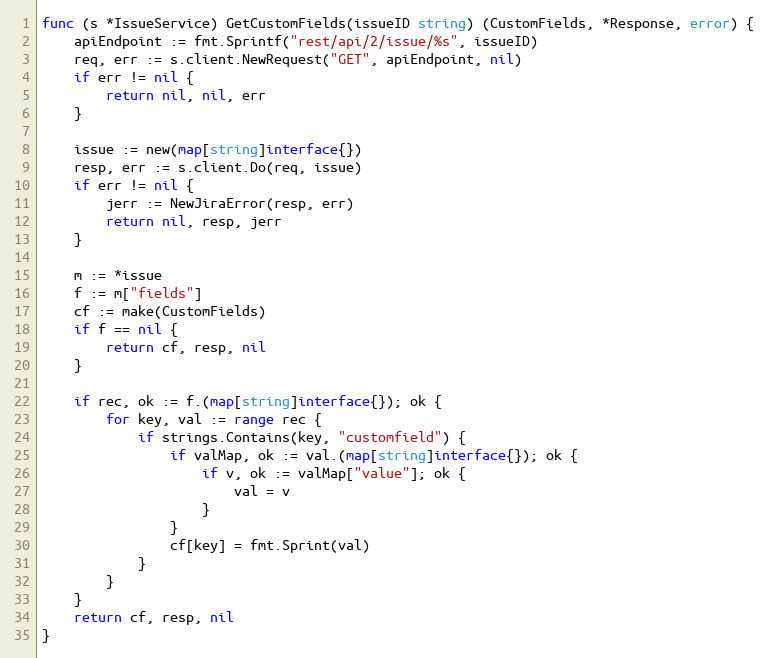
Language: Go
func (s *IssueService) GetCustomFields(issueID string) (CustomFields, *Response, error) {
	apiEndpoint := fmt.Sprintf("rest/api/2/issue/%s", issueID)
	req, err := s.client.NewRequest("GET", apiEndpoint, nil)
	if err != nil {
		return nil, nil, err
	}

	issue := new(map[string]interface{})
	resp, err := s.client.Do(req, issue)
	if err != nil {
		jerr := NewJiraError(resp, err)
		return nil, resp, jerr
	}

	m := *issue
	f := m["fields"]
	cf := make(CustomFields)
	if f == nil {
		return cf, resp, nil
	}

	if rec, ok := f.(map[string]interface{}); ok {
		for key, val := range rec {
			if strings.Contains(key, "customfield") {
				if valMap, ok := val.(map[string]interface{}); ok {
					if v, ok := valMap["value"]; ok {
						val = v
					}
				}
				cf[key] = fmt.Sprint(val)
			}
		}
	}
	return cf, resp, nil
}